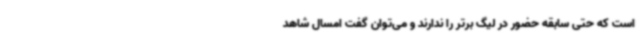
است که حتی سابقه حضور در لیگ برتر را ندارند و می‌توان گفت امسال شاهد